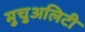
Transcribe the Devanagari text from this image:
मुचुअलिटी